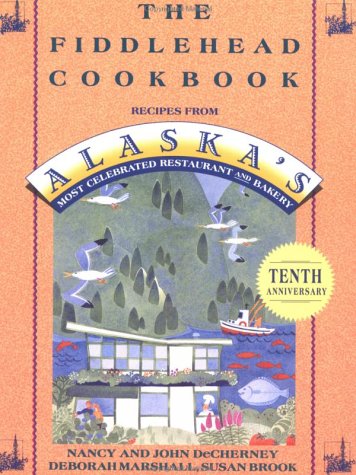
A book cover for The Fiddlehead Cookbook: Recipes from Alaska's Most Celebrated Restaurant and Bakery; Nancy DeCherney; Cookbooks, Food & Wine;